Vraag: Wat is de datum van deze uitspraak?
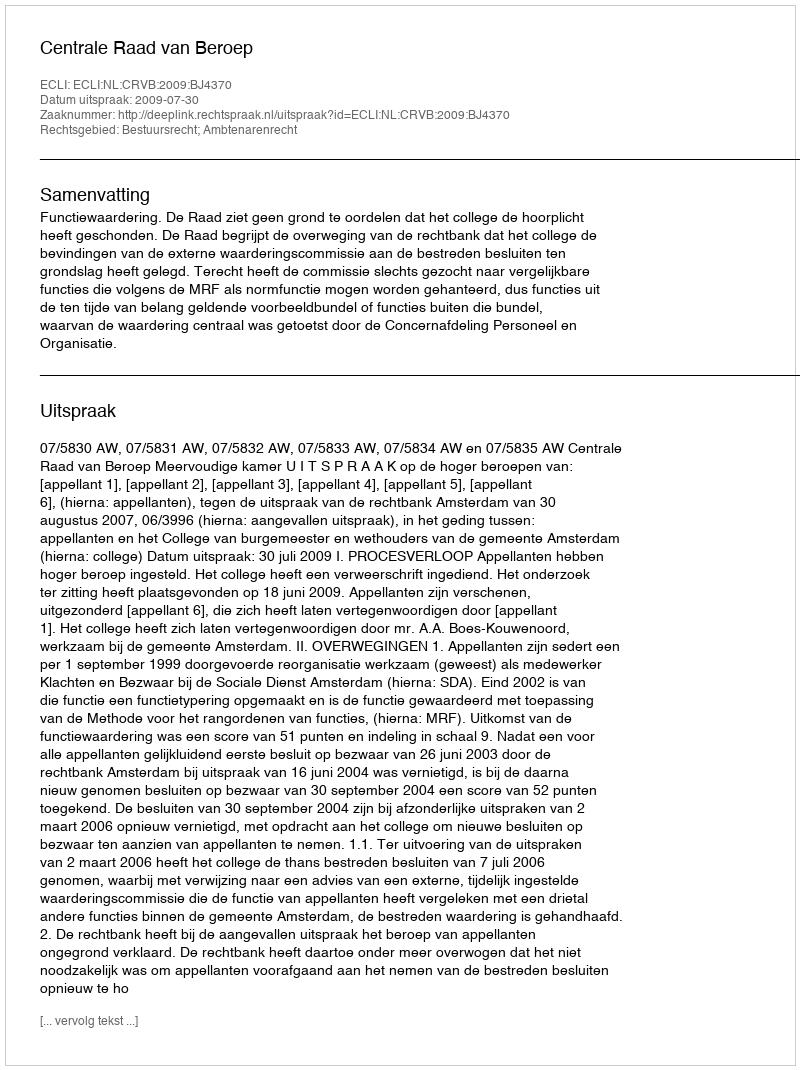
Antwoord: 2009-07-30